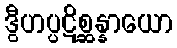
ဒွီဟပ္ပဋိစ္ဆန္နာယော